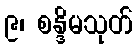
၉၊ စန္ဒိမသုတ်